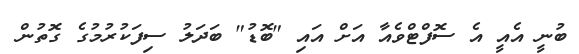
ބުނީ އެއީ އެ ސޮފްޓްވެއާ އަށް އައި "ބޮޑު" ބަދަލު ސިފަކުރުމުގެ ގޮތުން